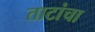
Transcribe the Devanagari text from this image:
ताटांचा